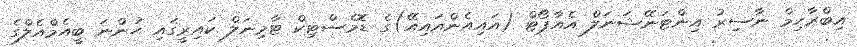
އިބްރާހިމް ނާސިރު އިންޓަނޭޝަނަލް އެއާޕޯޓް (އައިއެންއައިއޭ)ގެ ޑޮމެސްޓިކް ޓާމިނަލް ކައިރީގައި ހުންނަ ބީއެމްއެލްގެ